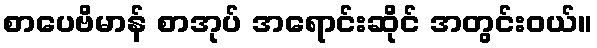
စာပေဗိမာန် စာအုပ် အရောင်းဆိုင် အတွင်းဝယ်။